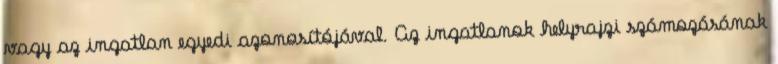
vagy az ingatlan egyedi azonosítójával. Az ingatlanok helyrajzi számozásának